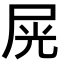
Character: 𡱘